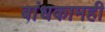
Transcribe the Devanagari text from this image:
बांधकामही